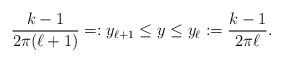
LaTeX: \begin{align*} \frac{k-1}{2\pi (\ell + 1)} =: y_{\ell + 1} \leq y \leq y_{\ell} := \frac{k-1}{2 \pi \ell}.\end{align*}